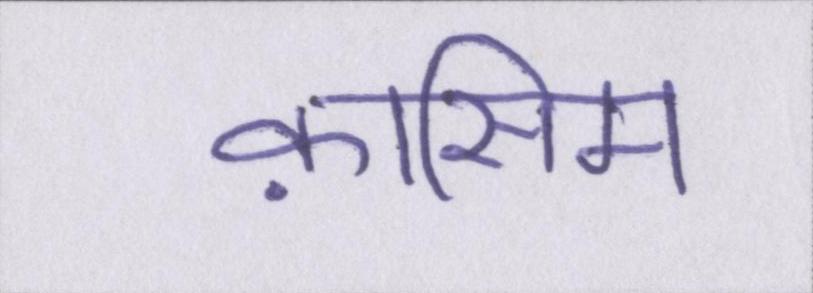
क़ासिम